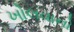
ખોલવાનો